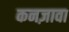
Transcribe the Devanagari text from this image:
कनज़ावा